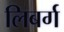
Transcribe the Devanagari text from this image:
लिबर्ग